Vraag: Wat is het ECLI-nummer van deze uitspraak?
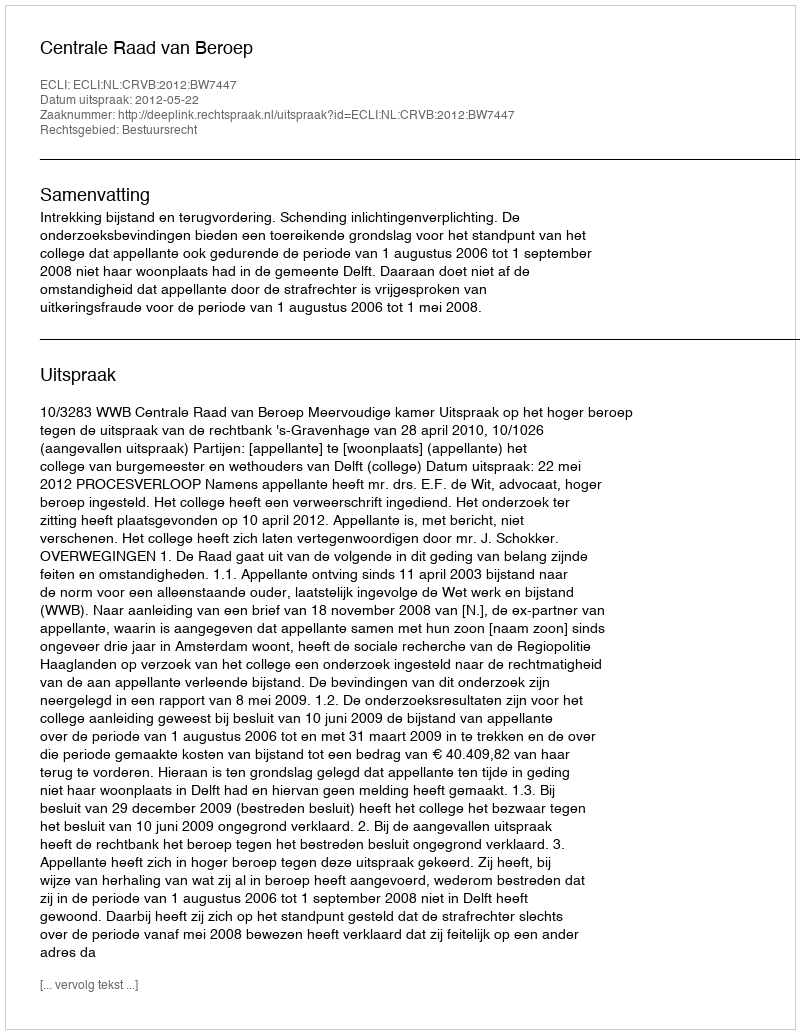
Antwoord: ECLI:NL:CRVB:2012:BW7447